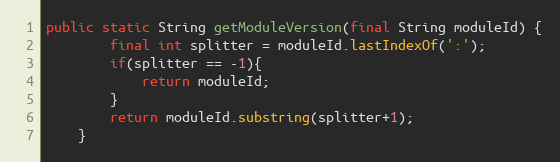
Language: Java
public static String getModuleVersion(final String moduleId) {
        final int splitter = moduleId.lastIndexOf(':');
        if(splitter == -1){
            return moduleId;
        }
        return moduleId.substring(splitter+1);
    }